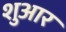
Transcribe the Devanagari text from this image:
शुआर